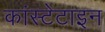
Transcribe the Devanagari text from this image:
कांस्टेटाइन